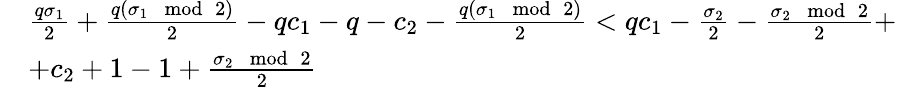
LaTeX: \begin{array}{rl}&{\frac{q\sigma_{1}}{2}+\frac{q(\sigma_{1}\mod 2)}{2}-qc_{1}-q-c_{2}-\frac{q(\sigma_{1}\mod 2)}{2}<qc_{1}-\frac{\sigma_{2}}{2}-\frac{\sigma_{2}\mod 2}{2}+}\\ &{+c_{2}+1-1+\frac{\sigma_{2}\mod 2}{2}}\end{array}